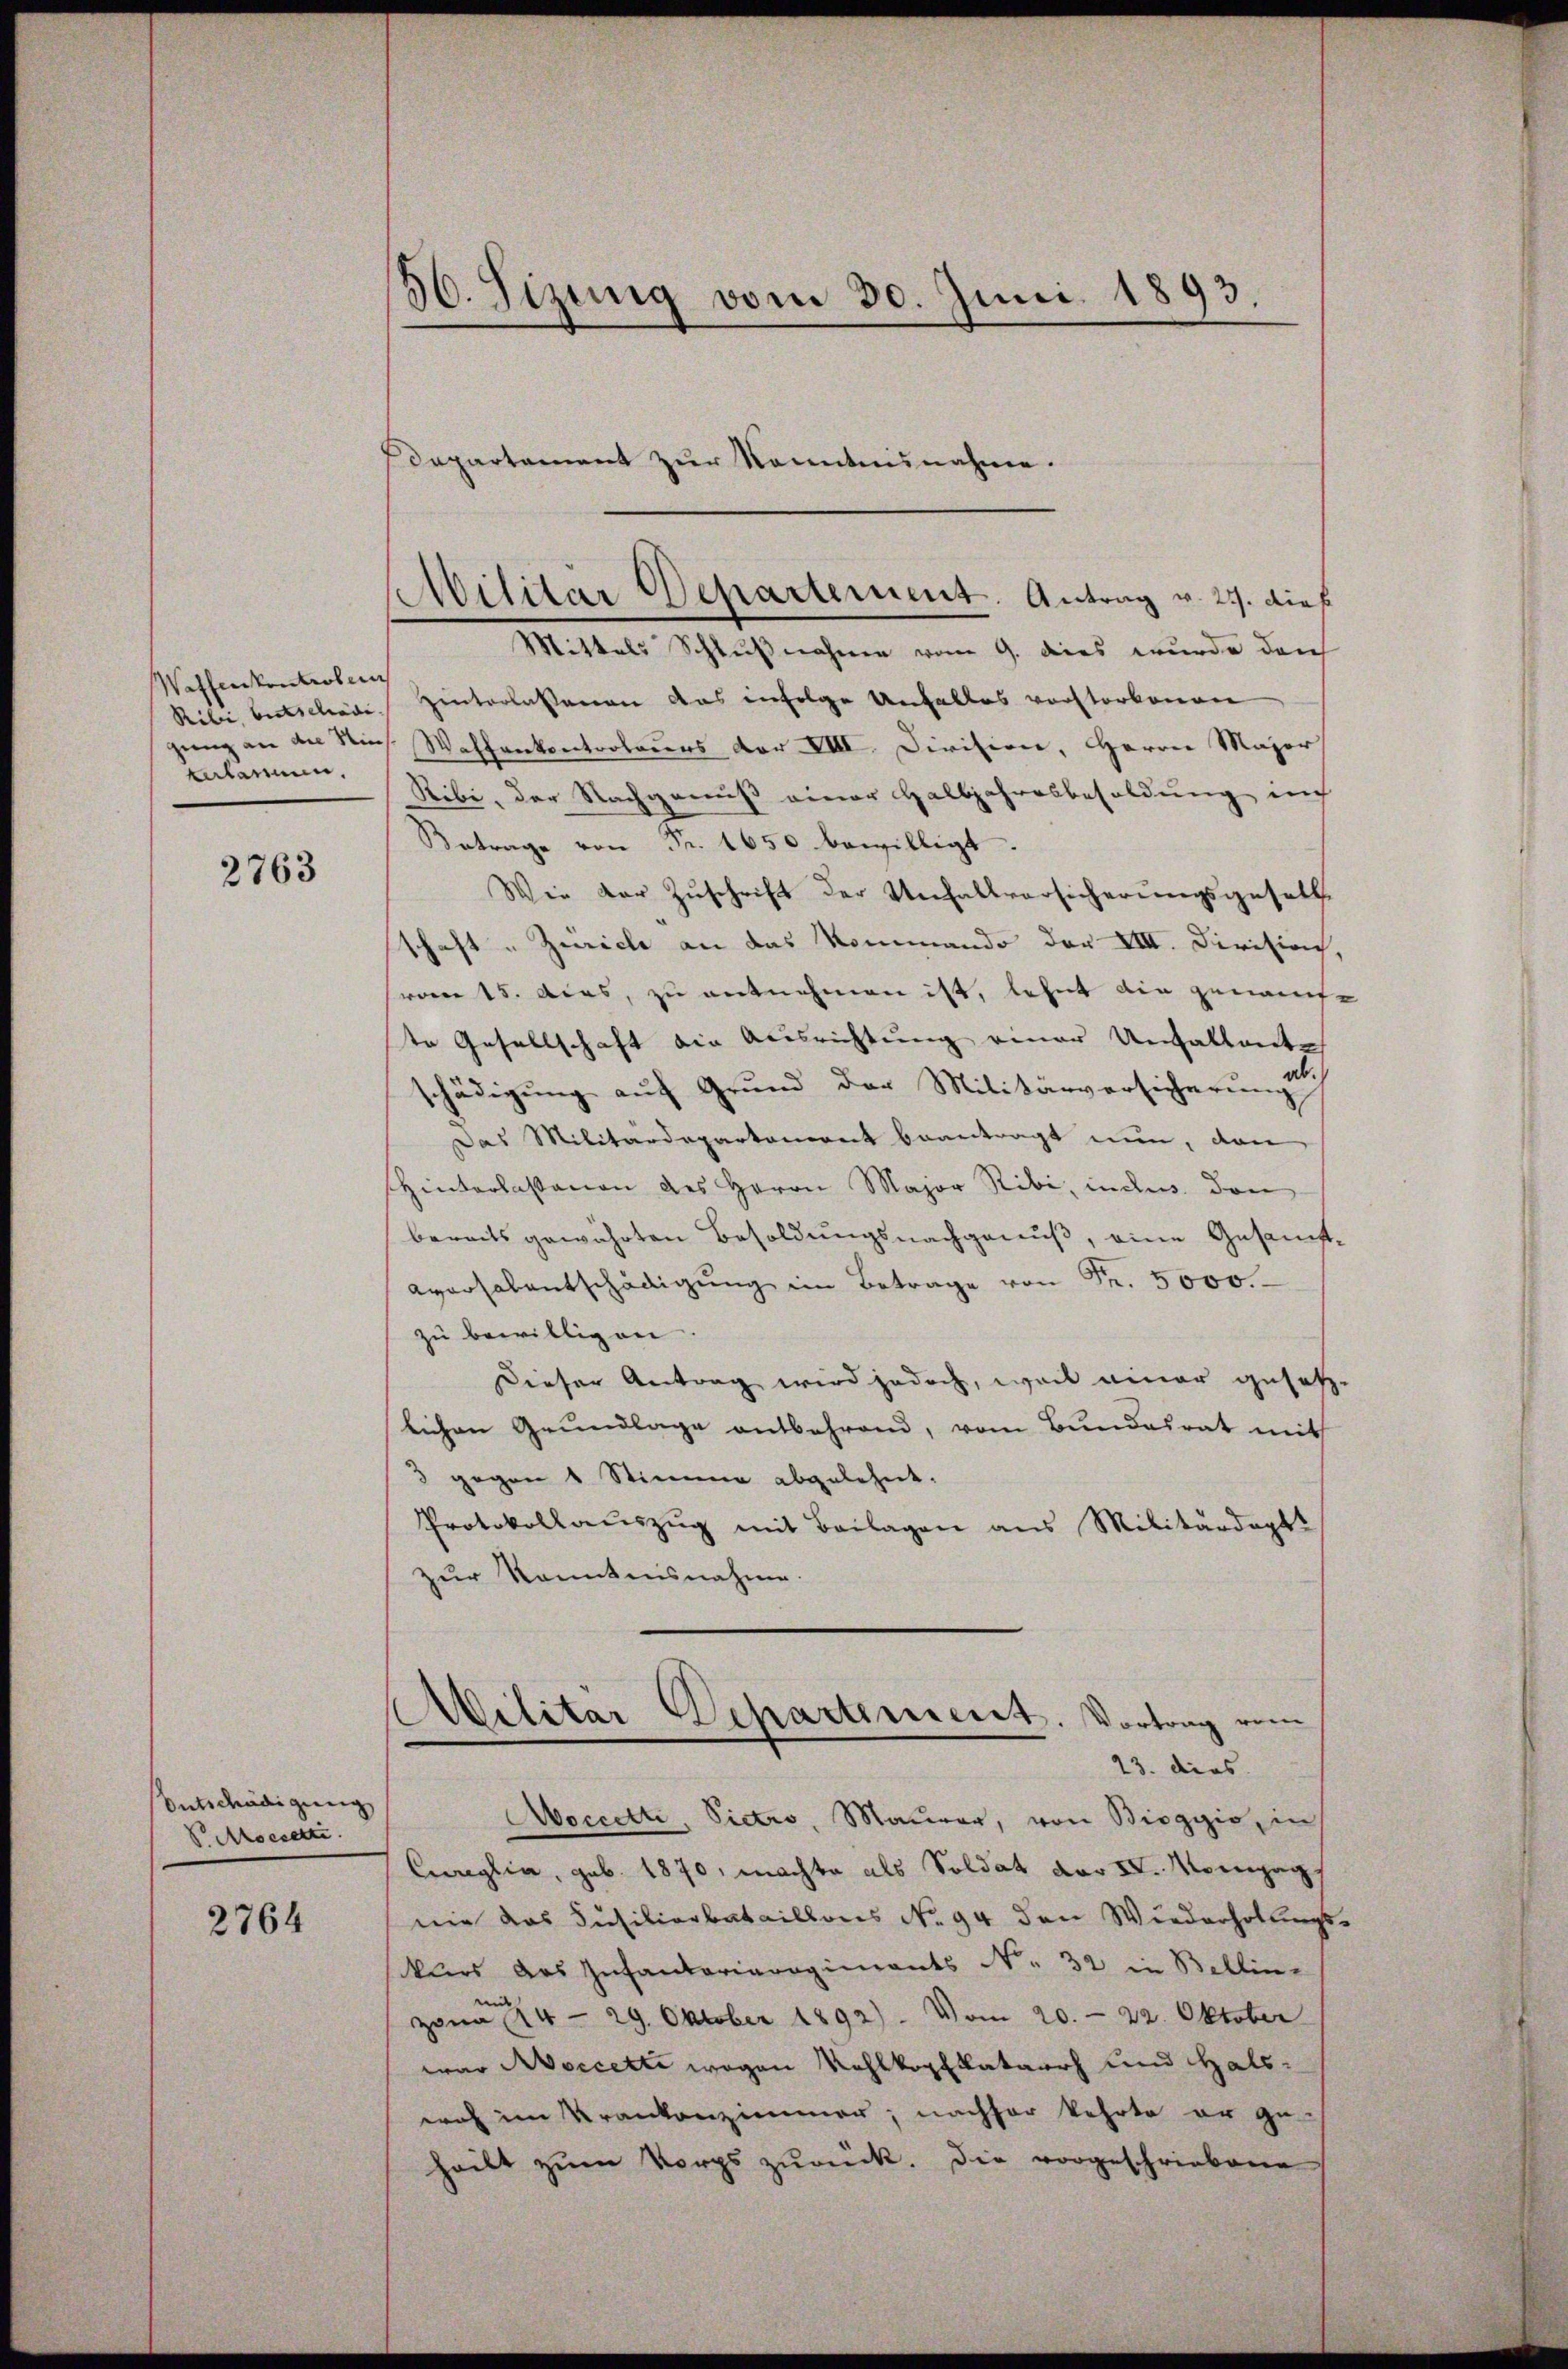
Wasenkontrolen
talarmen,

2763

Entschädigung
VMoccette.

2764

56. Sizung vom 30. Juni 1893.

Departement zur Kenntnisnahme.

Rilie beitschiede Hinterlassenen das infolge Unfalles vorstorbenen
gung an den Nies. Waffenkontroleurs vor VIII. Division, Herrn Major
Ribi, der Nachgenuß einer Halbjahresbesoldung auch
Betrage von Fr. 1650 bewilligt.
Wie der Zuschrift der Unfallversicherungsgesetz
schaft u Zürich an das Kommando der VIII. Dirikirch,
sroem 15. Acas, zu entnehmen ist, lehnt die genannte
te Gesellschaft die Ausrichtung einer Unfattante
ädigung auf Grund der Militärversicherung ich
.
Das Militärdepartement beantragt nun, den
Hinterlassenen des Herrn Major Ribi, inde den
bereits gewährten Besoldungsnachgenuß, eine Gesamt¬
Aversalentschädigŭng im Betrage von Fr. 5000.
zu bewilligen.
Dieser Antrag wird jedoch, weil einer gesetz-
lichen Grundlage entbehrend, vom Bundesrat mit
3 gegen 1 Stimme abgelehnt.
Protokollaŭszŭg mit Beilagen aus Militärdept
zur Kenntnisnahme.

Militär Departement. Antrag v. 27. dieß
Mittels Schlußnahme vom 9. dies wurde danch

Ailitar Departement. Vortrag vom
23. dies
Aeccetti, Victro, Maurer, von Biogyis, in

Ceweglia, geb. 1870, machte als Soldat der IV. Montag,
nie das Fusilierbataillons No. 94 den Wiederhollungskurs des Infantariaregiments N. 32 in Bellinzona 14 - 29. Oktober 1892). Vom 20. - 22. Oktober
war Aeccette wegen Wahlkopfkatarrh und Halserich im Krankenzimmer; nachher kehrte er ge-
heilt zum Vorps zurück. Die vorgeschriebene